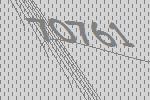
70761